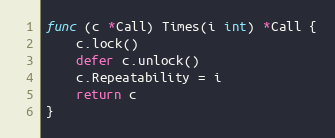
Language: Go
func (c *Call) Times(i int) *Call {
	c.lock()
	defer c.unlock()
	c.Repeatability = i
	return c
}